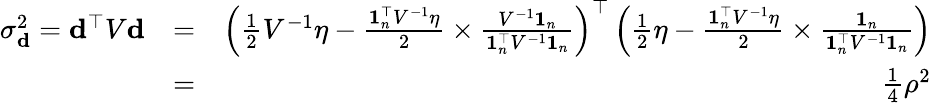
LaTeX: \begin{array}{rlr}{\sigma_{{\mathbf d}}^{2}={\mathbf d}^{\top}V{\mathbf d}}&{=}&{\left(\frac 12V^{-1}\eta-\frac{{\mathbf 1}_{n}^{\top}V^{-1}\eta}{2}\times\frac{V^{-1}{\mathbf 1}_{n}}{{\mathbf 1}_{n}^{\top}V^{-1}{\mathbf 1}_{n}}\right)^{\top}\left(\frac 12\eta-\frac{{\mathbf 1}_{n}^{\top}V^{-1}\eta}{2}\times\frac{{\mathbf 1}_{n}}{{\mathbf 1}_{n}^{\top}V^{-1}{\mathbf 1}_{n}}\right)}\\ &{=}&{\frac 14\rho^{2}}\end{array}